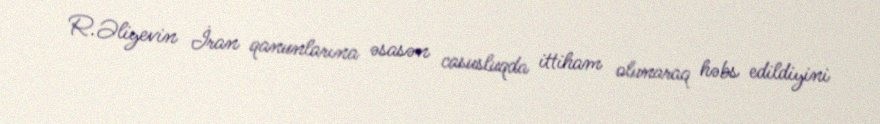
R.Əliyevin İran qanunlarına əsasən casusluqda ittiham olunaraq həbs edildiyini